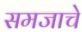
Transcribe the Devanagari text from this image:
समजाचे